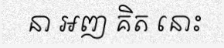
នា អញ គិត នោះ